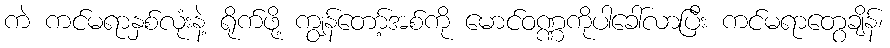
ကဲ ကင်မရာနှစ်လုံးနဲ့ ရိုက်ဖို့ ကျွန်တော့်အစ်ကို မောင်ဝဏ္ဏကိုပါခေါ်လာပြီး ကင်မရာတွေချိန်၊